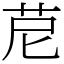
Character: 苨